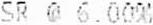
SR @ 6.00%